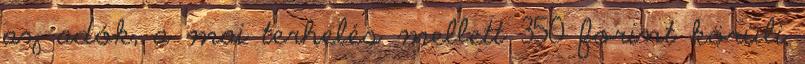
az adók, a mai terhelés mellett 350 forint körüli